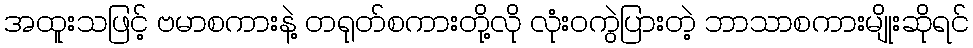
အထူးသဖြင့် ဗမာစကားနဲ့ တရုတ်စကားတို့လို လုံးဝကွဲပြားတဲ့ ဘာသာစကားမျိုးဆိုရင်